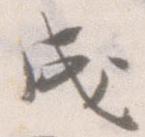
成